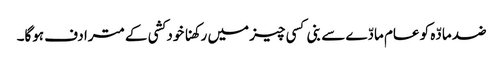
ضد مادّہ کو عام مادّے سے بنی کسی چیز میں رکھنا خود کشی کے مترادف ہوگا۔